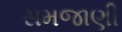
સમજાણી